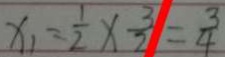
x _ { 1 } = \frac { 1 } { 2 } \times \frac { 3 } { 2 } = \frac { 3 } { 4 }